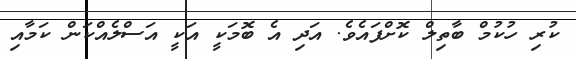
ކުރި ހުކުމް ބާތިލް ކޮށްފައެވެ. އަދި އެ ބޮމަކީ އަކީ އަސްލެއްކަން ކަމާއި